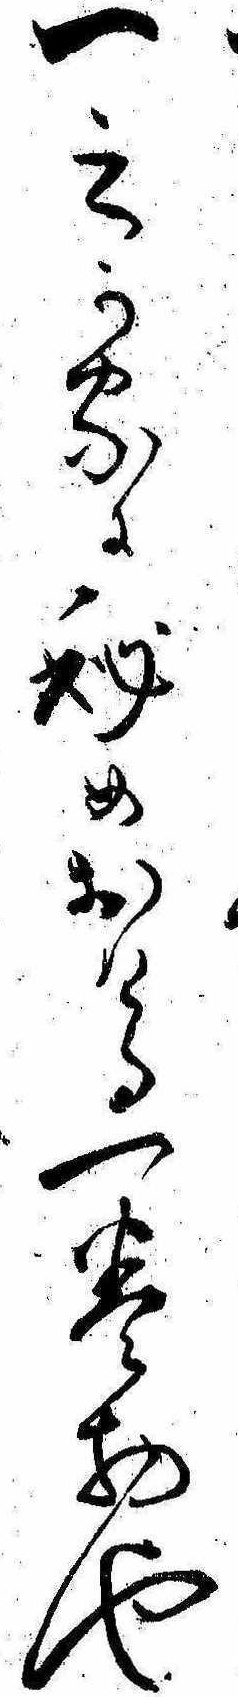
一之か家に秘めおける一巻物や